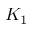
K _ { 1 }